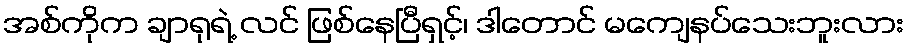
အစ်ကိုက ချာရုရဲ့ လင် ဖြစ်နေပြီရှင့်၊ ဒါတောင် မကျေနပ်သေးဘူးလား